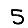
Digit: 5